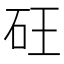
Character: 𮀍